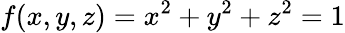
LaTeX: f(x,y,z)=x^{2}+y^{2}+z^{2}=1